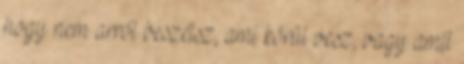
hogy nem arról beszélsz, ami körül vesz, vagy amit